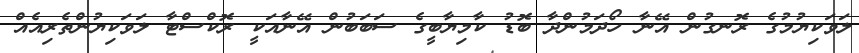
ލަވަކިޔުމުގެ ރޮނގުން އޭނާ ހޯދަމުންދާ ބޮޑު ކާމިޔާބީގެ ސަބަބުން އޭނާއަކީ ރޮކްސްޓާ ލަވަކިޔުންތެރިއެއް